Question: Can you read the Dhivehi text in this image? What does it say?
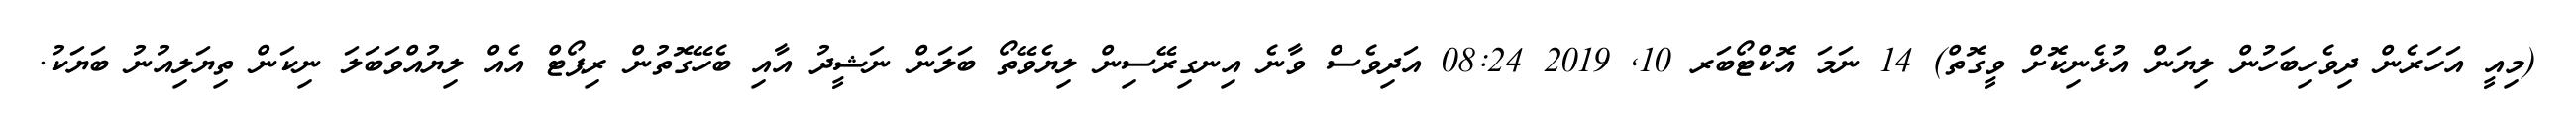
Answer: (މިއީ އަހަރެން ދިވެހިބަހުން ލިޔަން އުޅެނިކޮށް ވީގޮތް) 14 ނަމަ އޮކްޓޯބަރ 10, 2019 08:24 އަދިވެސް ވާނެ އިނގިރޭސިން ލިޔެވޭތޯ ބަލަން ނަޝީދު އާއި ބެހޭގޮތުން ރިޕޯޓް އެއް ލިޔުއްވަބަލަ ނިކަން ތިޔަލިއުނު ބަޔަކު.